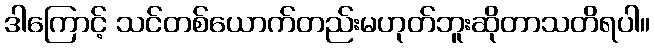
ဒါကြောင့် သင်တစ်ယောက်တည်းမဟုတ်ဘူးဆိုတာသတိရပါ။